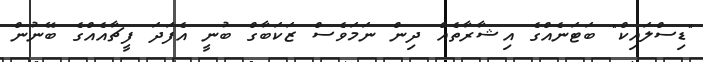
"ޑިސްލައިކް" ބަޓަނެއްގެ އިޝާރާތެއް ދިން ނަމަވެސް ޒަކަބާގް ބުނީ އެފަދަ ފީޗާއެއްގެ ބޭނުން